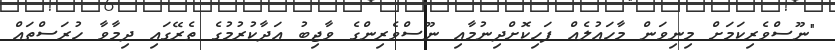
"ނޫސްވެރިކަމަށް މިނިވަން މާހައުލެއް ފަހިކޮށްދިނުމާއި ނޫސްވެރިންގެ ވާޖިބު އަދާކުރުމުގެ ތެރޭގައި ދިމާވާ ހުރަސްތައް